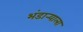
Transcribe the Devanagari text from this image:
भंडार्‍याला